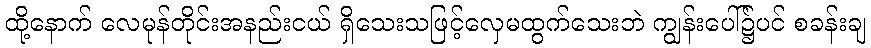
ထို့နောက် လေမုန်တိုင်းအနည်းငယ် ရှိသေးသဖြင့်လှေမထွက်သေးဘဲ ကျွန်းပေါ်၌ပင် စခန်းချ